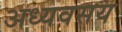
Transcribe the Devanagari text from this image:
अध्यवसय